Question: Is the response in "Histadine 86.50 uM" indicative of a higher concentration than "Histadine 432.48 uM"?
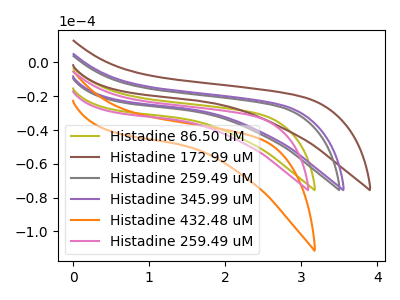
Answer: <think>The olive curve "Histadine 86.50 uM" has no peaks. The brown curve "Histadine 172.99 uM" has no peaks. The gray curve "Histadine 259.49 uM" has no peaks. The purple curve "Histadine 345.99 uM" has no peaks. The orange curve "Histadine 432.48 uM" has no peaks. The pink curve "Histadine 259.49 uM" has no peaks.
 Neither "Histadine 86.50 uM" or "Histadine 432.48 uM" have any peaks.</think>
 <answer>I cant tell if "Histadine 86.50 uM" or "Histadine 432.48 uM" has more signal.</answer>
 <eval>mixed_signal</eval>